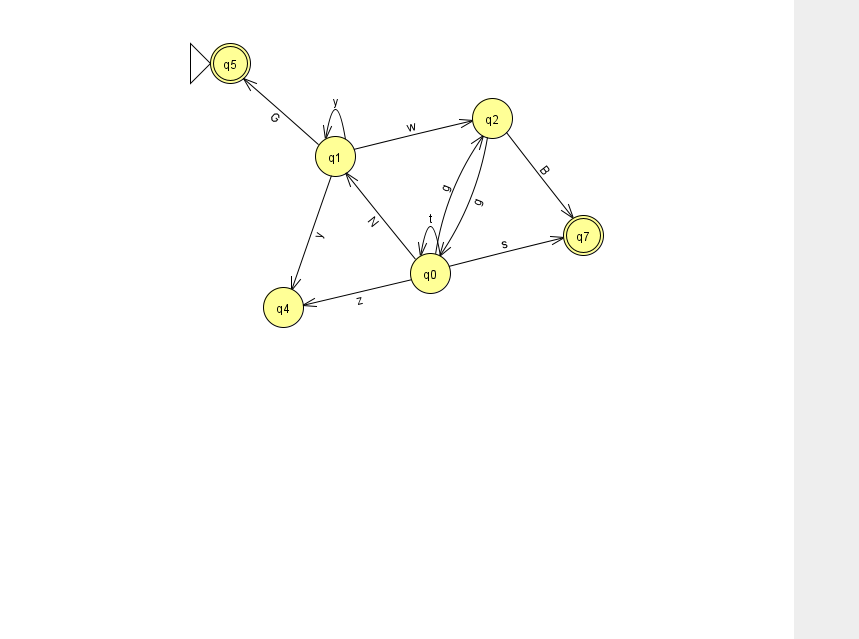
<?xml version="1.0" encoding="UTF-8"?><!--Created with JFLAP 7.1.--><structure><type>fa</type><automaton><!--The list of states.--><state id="0" name="q0"><x>430.0</x><y>260.0</y></state><state id="1" name="q1"><x>335.0</x><y>143.0</y></state><state id="2" name="q2"><x>492.0</x><y>105.0</y></state><state id="4" name="q4"><x>283.0</x><y>294.0</y></state><state id="5" name="q5"><x>230.0</x><y>50.0</y><initial/><final/></state><state id="7" name="q7"><x>583.0</x><y>222.0</y><final/></state><!--The list of transitions.--><transition><from>1</from><to>2</to><read>w</read></transition><transition><from>1</from><to>5</to><read>G</read></transition><transition><from>0</from><to>0</to><read>t</read></transition><transition><from>0</from><to>2</to><read>g</read></transition><transition><from>2</from><to>0</to><read>g</read></transition><transition><from>0</from><to>7</to><read>s</read></transition><transition><from>2</from><to>7</to><read>B</read></transition><transition><from>1</from><to>1</to><read>y</read></transition><transition><from>0</from><to>1</to><read>N</read></transition><transition><from>0</from><to>4</to><read>z</read></transition><transition><from>1</from><to>4</to><read>y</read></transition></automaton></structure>